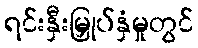
ရင်းနှီးမြှုပ်နှံမှုတွင်